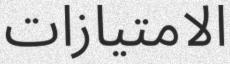
الامتيازات